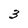
Character: 3